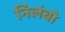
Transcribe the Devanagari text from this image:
निलंबो